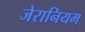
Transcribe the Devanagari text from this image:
जेरानियम